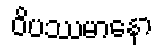
ဝိပဿမာနော